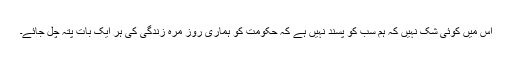
اس میں کوئی شک نہیں کہ ہم سب کو پسند نہیں ہے کہ حکومت کو ہماری روز مرہ زندگی کی ہر ایک بات پتہ چل جائے۔